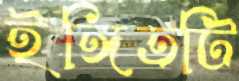
ইঙ্গিতটি